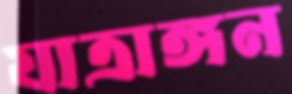
যাত্রাঙ্গন